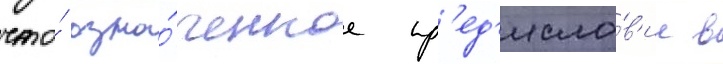
что́ озна́ченное пр'ед'исло́в'ие в